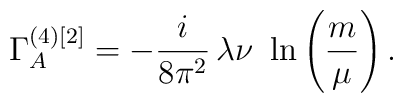
\Gamma_A^{(4)[2]}=-\frac{i}{8\pi^2}\,\lambda\nu\,\,\ln\left(\frac{m}{\mu}\right).